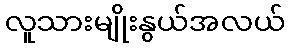
လူသားမျိုးနွယ်အလယ်